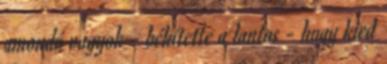
amondó vagyok - békítette a lantos - hogy kied